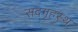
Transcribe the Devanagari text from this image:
सद्‌गृहस्थ